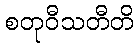
စတုဝီသတီတိ